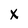
Character: X